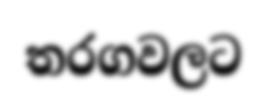
තරගවලට